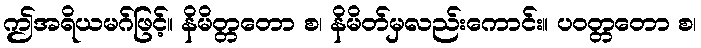
ဤအရိယမဂ်ဖြင့်။ နိမိတ္တတော စ၊ နိမိတ်မှလည်းကောင်း။ ပဝတ္တတော စ၊